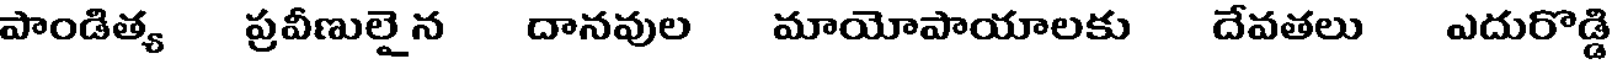
పాండిత్య ప్రవీణులైన దానవుల మాయోపాయాలకు దేవతలు ఎదురొడ్డి